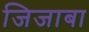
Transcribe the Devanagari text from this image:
जिजाबा